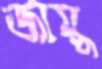
জায়ু